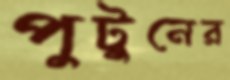
পুটুনের